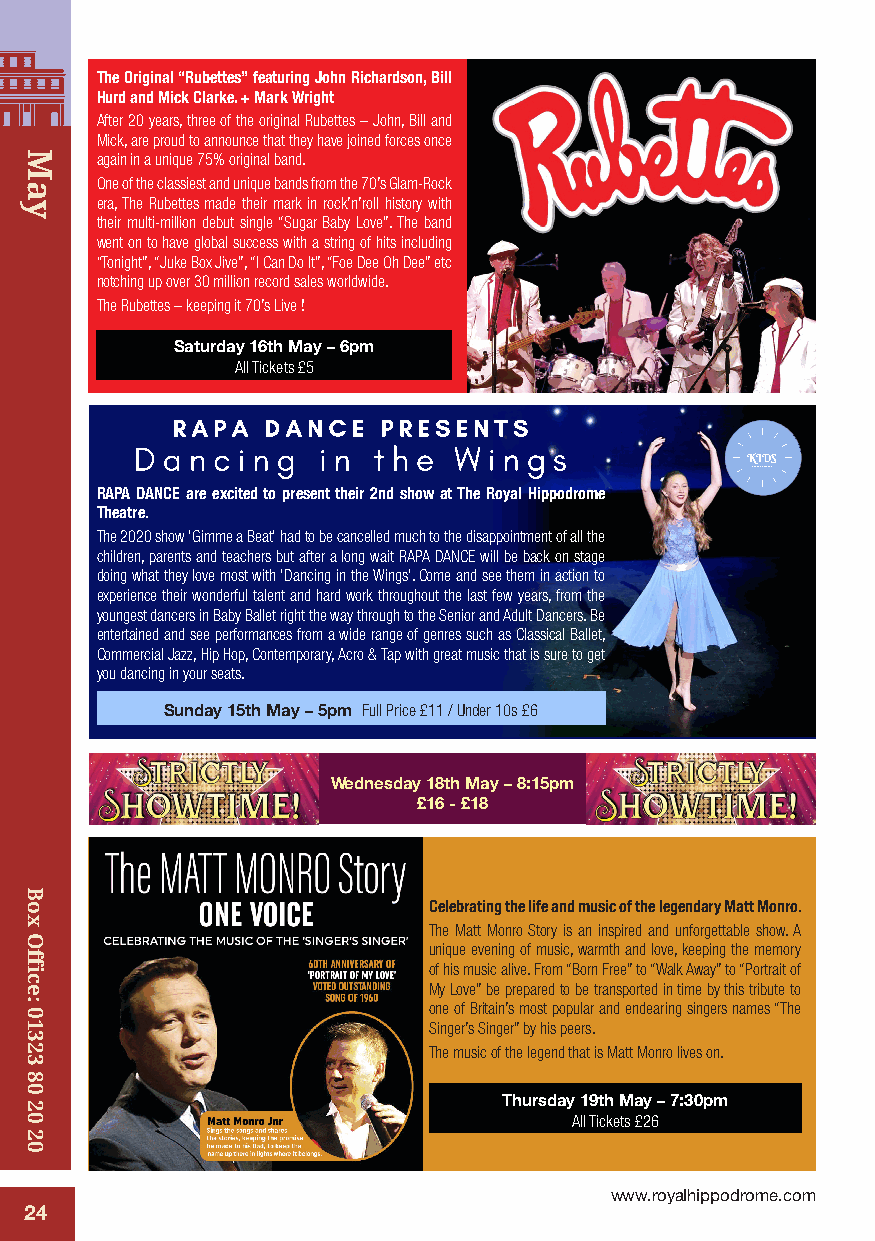
The Original “Rubettes” featuring John Richardson, Bill
 Hurd and Mick Clarke. + Mark Wright
 After 20 years, three of the original Rubettes – John, Bill and
 Mick, are proud to announce that they have joined forces once
 again in a unique 75% original band.
 One of the classiest and unique bands from the 70’s Glam-Rock
 era, The Rubettes made their mark in rock’n’roll history with
 their multi-million debut single “Sugar Baby Love”. The band
 went on to have global success with a string of hits including
 “Tonight”, “Juke Box Jive”, “I Can Do It”, “Foe Dee Oh Dee” etc
 notching up over 30 million record sales worldwide.
 The Rubettes – keeping it 70’s Live !
 Saturday 16th May – 6pm
 All Tickets £5   RAPA DANCE PRESENTS
 Dancing   in the
 Wings
 KID S
 SUNDAY 15TH MAY 2022 £5 FOR UNDER 10’S
 RAPA DANCE are excited to present their 2nd show at The Royal HippodromCeu rtain up 5pm
 Theatre.
 The 2020 show 'Gimme a Beat' had to be cancelled much to the disappointment of all the
 children, parents and teachers but after a long wait RAPA DANCE will be back on stage
 doing what they love most with 'Dancing in the Wings'. Come and see them in action to
 experience their wonderful talent and hard work throughout the last few years, from the
 youngest dancers in Baby Ballet right the way through to the Senior and Adult Dancers. Be
 entertained and see performances from a wide range of genres such as Classical Ballet,
 Commercial Jazz, Hip Hop, Contemporary, Acro & Tap with great music that is sure to get
 you dancing in your seats.
 Sunday 15th May – 5pm Full Price £11 / Under 10s £6
 Wednesday 18th May – 8:15pm
 £16 - £18
 Celebrating the life and music of the legendary Matt Monro.
 The Matt Monro Story is an inspired and unforgettable show. A
 unique evening of music, warmth and love, keeping the memory
 of his music alive. From “Born Free” to “Walk Away” to “Portrait of
 My Love” be prepared to be transported in time by this tribute to
 one of Britain’s most popular and endearing singers names “The
 Singer’s Singer” by his peers.
 The music of the legend that is Matt Monro lives on.
 Thursday 19th May – 7:30pm
 All Tickets £26
 www.royalhippodrome.com
 24
 May
 Box
 Office:
 01323
 80
 20
 20
 NTS
 e
 KIDS
 £5 FOR UNDER 10’S
 E
 h
 S
 t
 E
 22
 R
 n
 20
 ANCE P
 cing i
 Wings
 AY 15TH MAY
 Curtain up 5pm
 D
 D
 n
 UN S
 A
 a
 P
 D
 A R